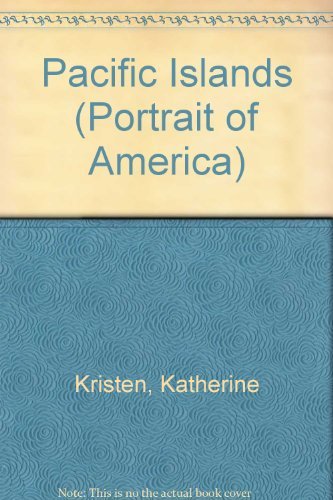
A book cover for Pacific Islands (Portrait of America); Katherine Kristen; Children's Books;